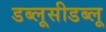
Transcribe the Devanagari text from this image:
डब्लूसीडब्लू